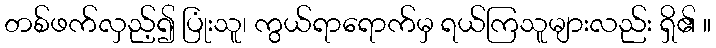
တစ်ဖက်လှည့်၍ ပြုံးသူ၊ ကွယ်ရာရောက်မှ ရယ်ကြသူများလည်း ရှိ၏ ။